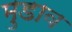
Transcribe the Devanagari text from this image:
मुडाव